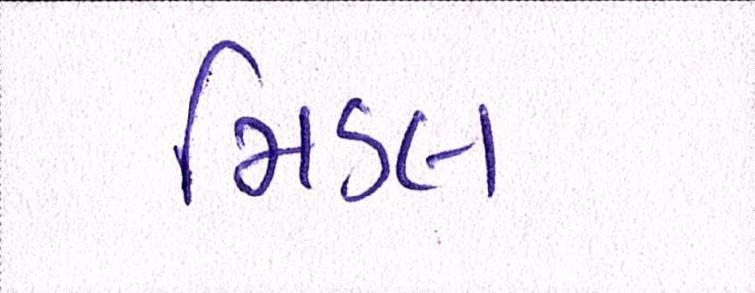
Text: મિડલ